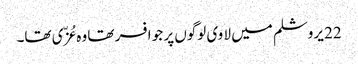
22 یروشلم میں لا وی لوگوں پر جو افسر تھا وہ عُزّی تھا۔